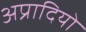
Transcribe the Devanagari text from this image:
अप्रादियो